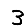
Digit: 3